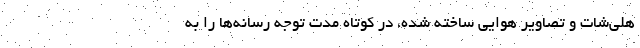
هلی‌شات و تصاویر هوایی ساخته شده، در کوتاه مدت توجه رسانه‌ها را به